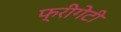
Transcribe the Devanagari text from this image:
फ्रीगेटी